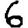
Digit: 6